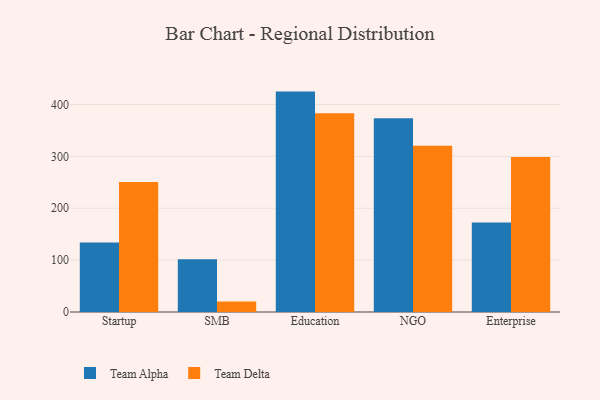
{"axis": {"x": "Segment", "y": "Population (Million)"}, "legend": ["Team Alpha", "Team Delta"], "data": [{"x": "Startup", "y": 134.1, "type": "Team Alpha"}, {"x": "Startup", "y": 250.6, "type": "Team Delta"}, {"x": "SMB", "y": 101.7, "type": "Team Alpha"}, {"x": "SMB", "y": 20.4, "type": "Team Delta"}, {"x": "Education", "y": 425.0, "type": "Team Alpha"}, {"x": "Education", "y": 383.3, "type": "Team Delta"}, {"x": "NGO", "y": 373.7, "type": "Team Alpha"}, {"x": "NGO", "y": 320.5, "type": "Team Delta"}, {"x": "Enterprise", "y": 172.5, "type": "Team Alpha"}, {"x": "Enterprise", "y": 299.0, "type": "Team Delta"}]}